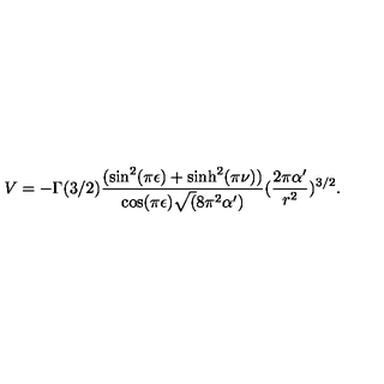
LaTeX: V = - \Gamma ( 3 / 2 ) \frac { ( \sin ^ { 2 } ( \pi \epsilon ) + \sinh ^ { 2 } ( \pi \nu ) ) } { \cos ( \pi \epsilon ) \sqrt ( 8 \pi ^ { 2 } \alpha ^ { \prime } ) } ( \frac { 2 \pi \alpha ^ { \prime } } { r ^ { 2 } } ) ^ { 3 / 2 } .